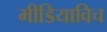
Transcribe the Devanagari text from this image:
मीडियाविच